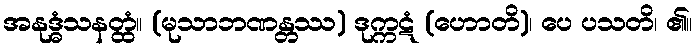
အနုဒ္ဓံသနတ္ထံ။ (မုသာဘဏန္တဿ) ဒုက္ကဋံ (ဟောတိ)၊ ပေ ပသတိ၊ ၏။